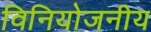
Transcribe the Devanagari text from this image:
विनियोजनीय